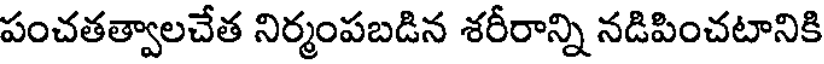
పంచతత్వాలచేత నిర్మంపబడిన శరీరాన్ని నడిపించటానికి